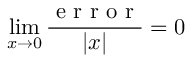
\operatorname* { l i m } _ { x \to 0 } { \frac { \textrm { e r r o r } } { | x | } } = 0